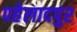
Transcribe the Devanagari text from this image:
पहेलादपुर